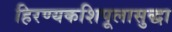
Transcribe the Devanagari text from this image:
हिरण्यकशिपूलासुद्धा